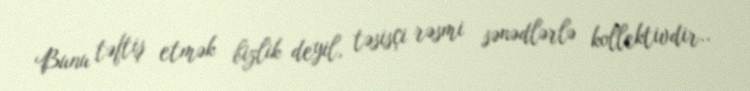
Bunu təftiş etmək bizlik deyil, təsisçi rəsmi sənədlərlə kollektivdir..